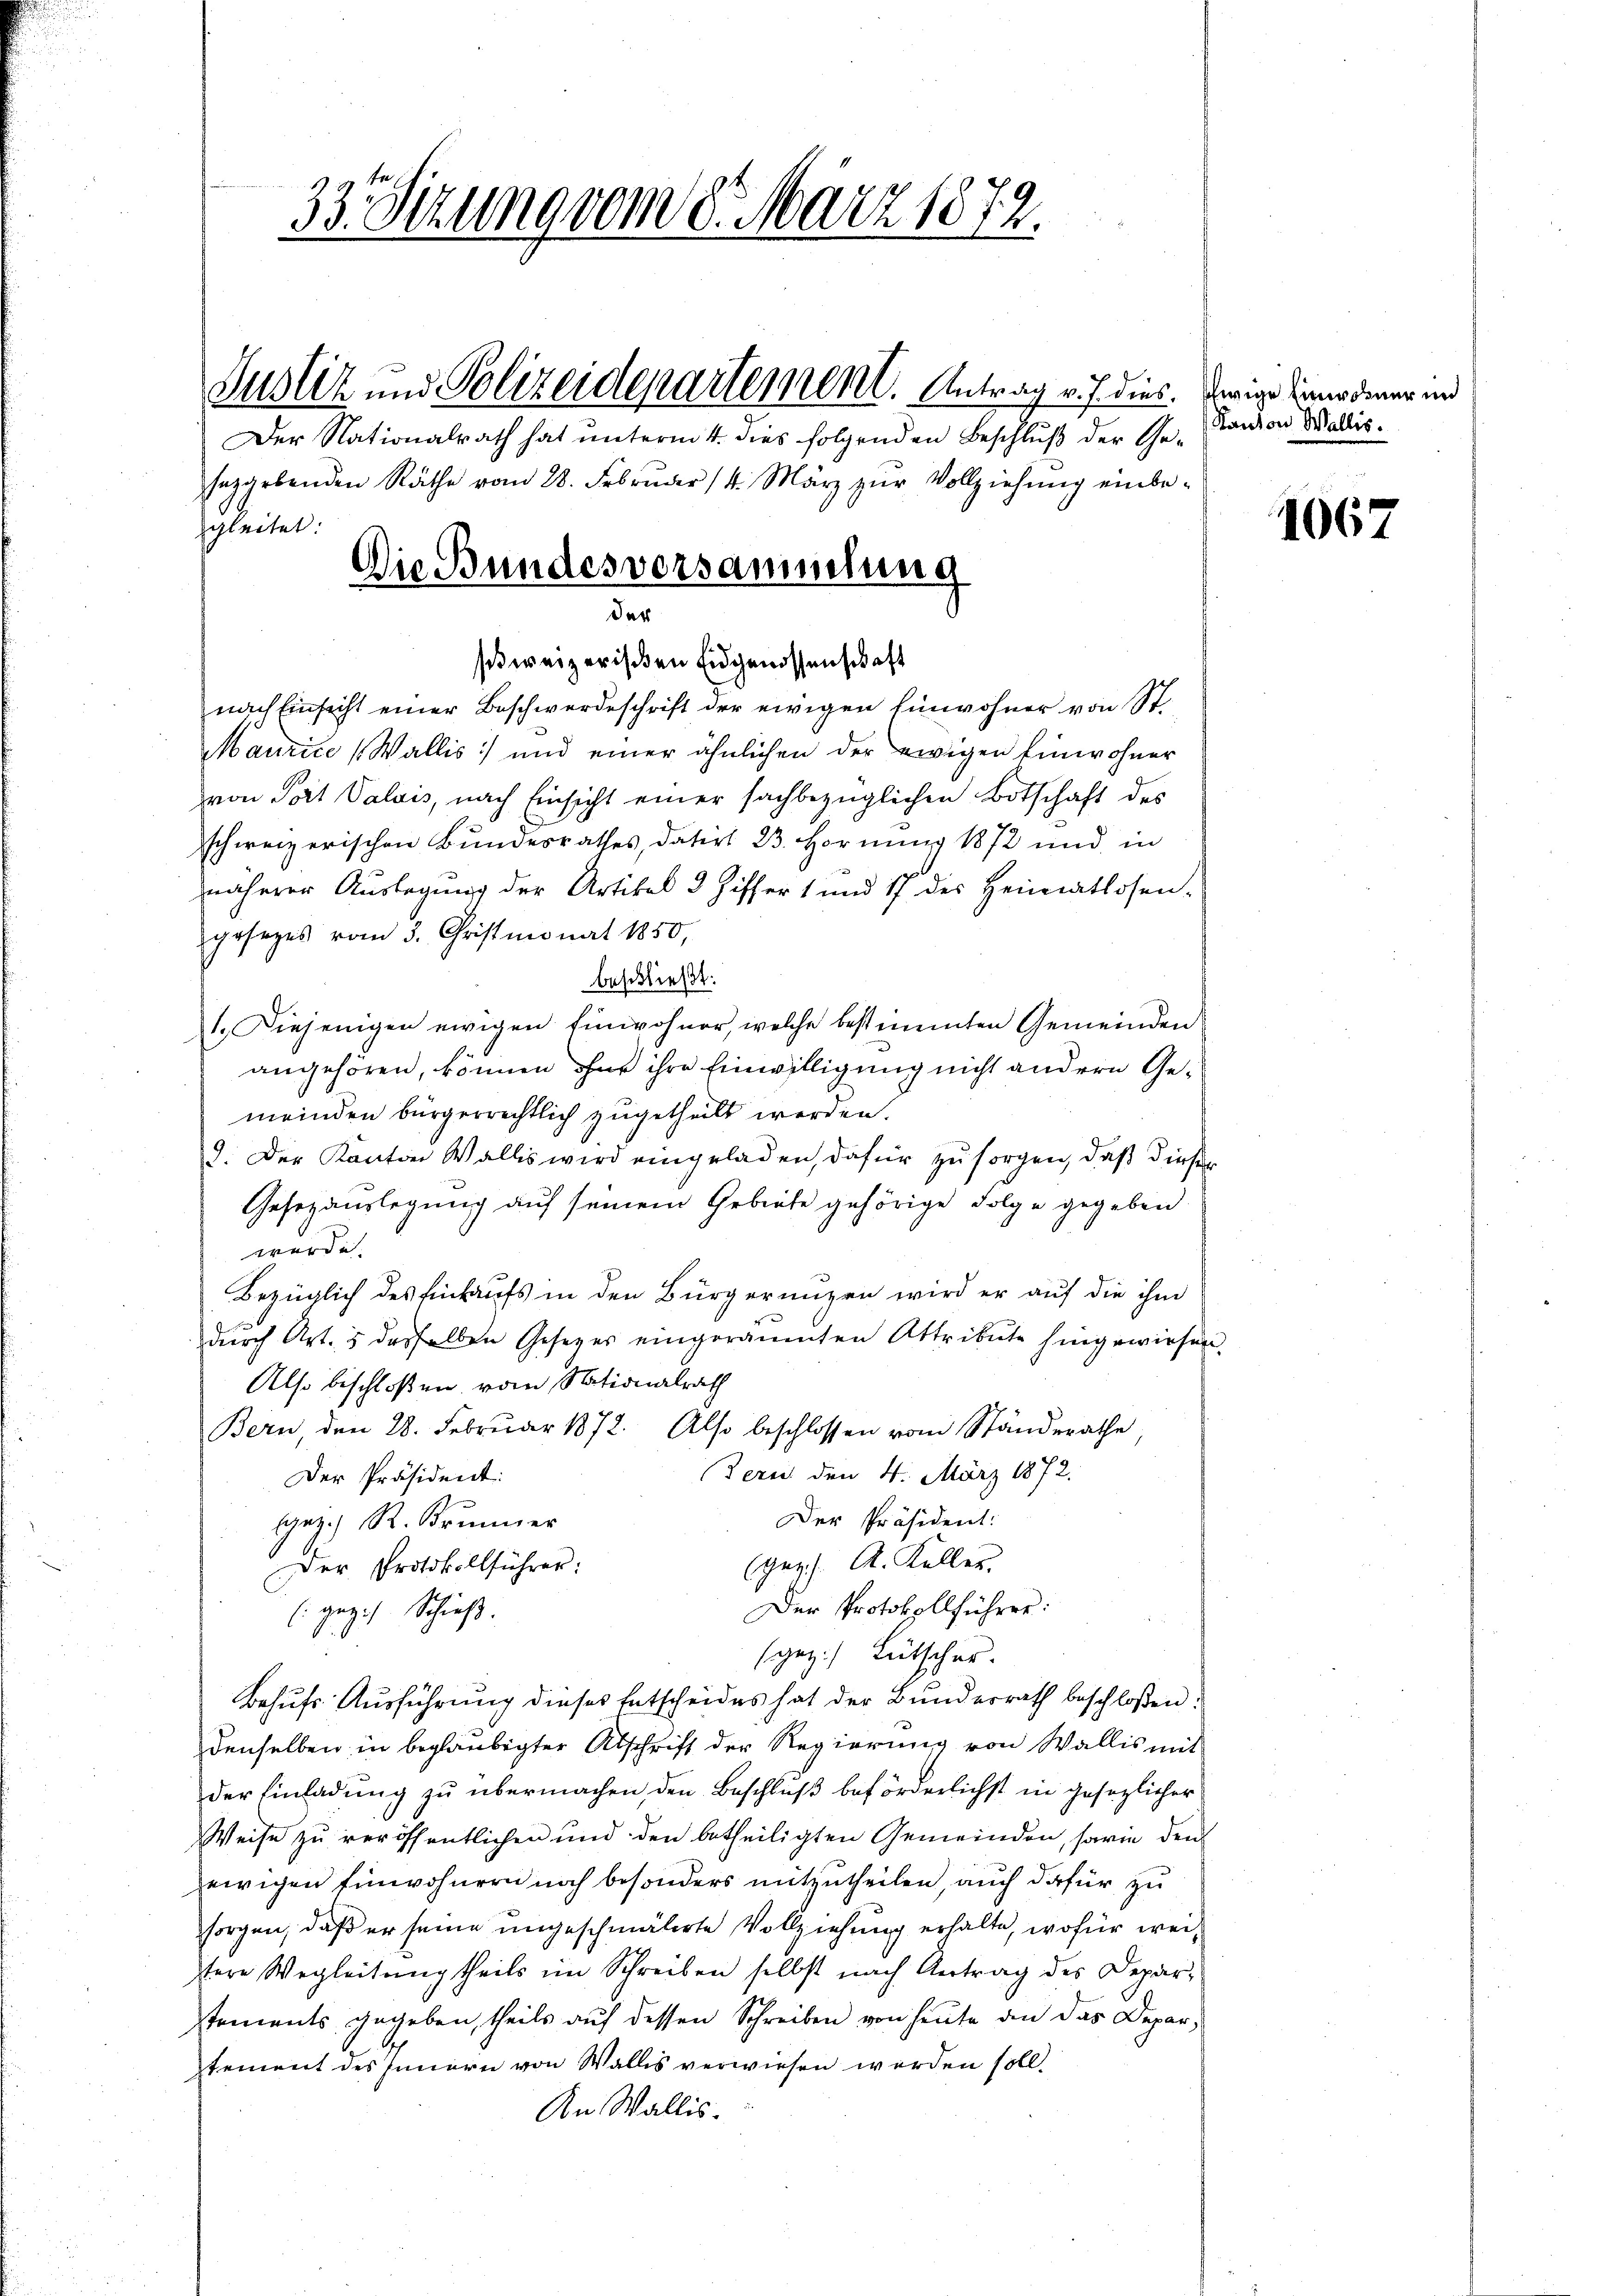
Der Nationalrath hat unterm 4. dies folgenden Beschluß der Geseggebenden Räthe vom 28. Febrŭder 14. März zur Vollziehung einbegleitet:
Die Bundesversammlung

33. Sizung vom 8. März 1872.

der
swreizerischen Eidgenossenschaft

von Part Valais, nach Einsicht einer sachbezüglichen Botschaft des
schweizerischen Bundesrathes, datirt 23. Hornung 1872 und in
näherer Auslegung der Artikel 3 Ziffer 1 und 17 des Heimatlosen-

Justiz und Polizeidepartement. Antrag v. J. dies. Weige einer dener und

nach Einsicht einer Beschwerdeschrift der ewigen Einwohner von St.
Maurice (Wallis :/ und einer ähnlichen der ewigen Einwohner
gesezes vom 3. Christmonat 1850,
beschließt:
1. Diejenigen ewigen Einwohner, welche bestimmten Gemeinden
angehören, können ohne ihre Einwilligung nicht andern Gemeinden bürgerrechtlich zugetheilt werden.
2. Der Kanton Wallis wird eingeladen, dafür zu sorgen, daß dieser
Gesezauslegung auf seinem Gebiete gehörige Folge gegeben
werde.
Bezüglich des Einkaufs in den Bürgernuzen wird er auf die ihm
durch Art. 5 desselben Gesetzes eingeräumten Attribute hingewiesen.
Also beschloßen vom Nationalrath
Bern, den 28. Februar 1872. Also beschlossen vom Ständerathe
Zeres den 4. März 1872.
Der Präsident:
Der Präsident:
gez.) R. Brunner
(gez . A. Keller.
Der Protokollführer:
Der Protokollführer:
(: geges Schieß.
(gez.) Lütscher.
Behufs Ausführung dieses Entscheides hat der Bundesrath beschlossen:
denselben in beglaubigter Abschrift der Regierung von Wallis mit
der Einladŭng zu übermachen, den Beschluß beförderlichst in gesezlicher
Weise zu veröffentlichen und den betheiligten Gemeinden, sowie den
ewigen Einwohnern noch besonders mitzutheilen, auch dafür zu
sorgen, daß er seine ungeschmälerte Vollziehung erhalte, wofür weitere Wegleitung theils im Schreiben selbst nach Antrag des Deparstements gegeben, theils aŭf dessen Schreiben von heŭte an das Departement des Innern von Wallis verwiesen werden soll,
An Wallis.

Kanton Wallis.

1067